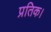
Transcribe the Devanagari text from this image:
प्रतिक।